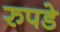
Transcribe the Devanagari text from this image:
रुपडे